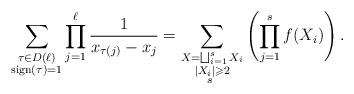
LaTeX: \begin{align*}\sum_{\substack{\tau\in D(\ell)\\\mathrm{sign}(\tau)=1}}\prod_{j=1}^{\ell}\frac{1}{x_{\tau(j)}-x_j}=\sum_{\substack{X=\bigsqcup_{i=1}^{s}X_i\\|X_i|\geqslant 2\\ s\ }}\left(\prod_{j=1}^sf(X_i)\right).\end{align*}